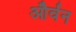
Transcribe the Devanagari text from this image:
और्वन